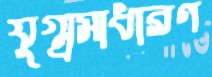
যুগ্ম্রসাধারণ